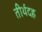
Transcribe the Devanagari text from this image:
तीर्थदह